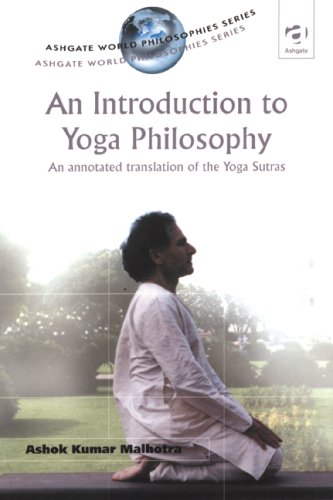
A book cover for An Introduction to Yoga Philosophy: An Annotated Translation of the Yoga Sutras (Ashgate World Philosophies Series); Patanjali; Religion & Spirituality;